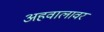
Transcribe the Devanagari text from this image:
अहवालावर